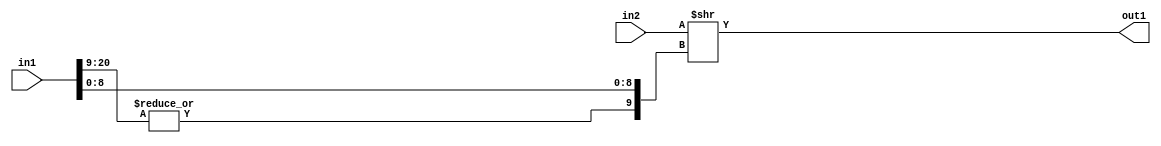
`timescale 1ps / 1ps
/*****************************************************************************
    Verilog RTL Description
    
    
    Created by: Stratus DpOpt 2019.1.01 
*******************************************************************************/

module cache_RightShift_320Ux21S_10U_4_1 (
	in2,
	in1,
	out1
	); /* architecture "behavioural" */ 
input [319:0] in2;
input [20:0] in1;
output [9:0] out1;
wire [9:0] asc001;

assign asc001 = in2 >> {|in1[20:9], in1[8:0]};

assign out1 = asc001;
endmodule

/* CADENCE  ubP3TQA= : u9/ySgnWtBlWxVPRXgAZ4Og= ** DO NOT EDIT THIS LINE ******/